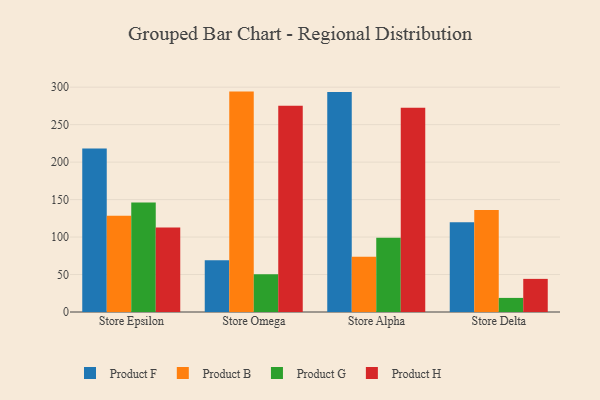
{"axis": {"x": "Store", "y": "Humidity (%)"}, "legend": ["Product B", "Product F", "Product G", "Product H"], "data": [{"x": "Store Epsilon", "y": 218.1, "type": "Product F"}, {"x": "Store Epsilon", "y": 128.5, "type": "Product B"}, {"x": "Store Epsilon", "y": 146.0, "type": "Product G"}, {"x": "Store Epsilon", "y": 112.6, "type": "Product H"}, {"x": "Store Omega", "y": 69.0, "type": "Product F"}, {"x": "Store Omega", "y": 294.1, "type": "Product B"}, {"x": "Store Omega", "y": 50.5, "type": "Product G"}, {"x": "Store Omega", "y": 275.3, "type": "Product H"}, {"x": "Store Alpha", "y": 293.7, "type": "Product F"}, {"x": "Store Alpha", "y": 73.7, "type": "Product B"}, {"x": "Store Alpha", "y": 99.1, "type": "Product G"}, {"x": "Store Alpha", "y": 272.5, "type": "Product H"}, {"x": "Store Delta", "y": 119.6, "type": "Product F"}, {"x": "Store Delta", "y": 136.1, "type": "Product B"}, {"x": "Store Delta", "y": 18.8, "type": "Product G"}, {"x": "Store Delta", "y": 44.2, "type": "Product H"}]}